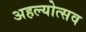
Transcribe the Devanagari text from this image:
अहल्योत्सव